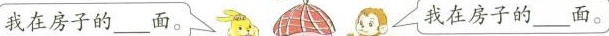
我在房子的___面。我在房子的___面。